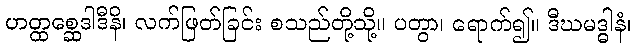
ဟတ္ထစ္ဆေဒါဒီနိ၊ လက်ဖြတ်ခြင်း စသည်တို့သို့။ ပတွာ၊ ရောက်၍။ ဒီဃမဒ္ဓါနံ၊